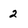
Character: 2